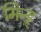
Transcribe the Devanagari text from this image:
मिन्ह्